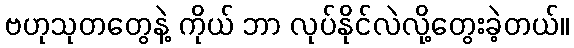
ဗဟုသုတတွေနဲ့ ကိုယ် ဘာ လုပ်နိုင်လဲလို့တွေးခဲ့တယ်။